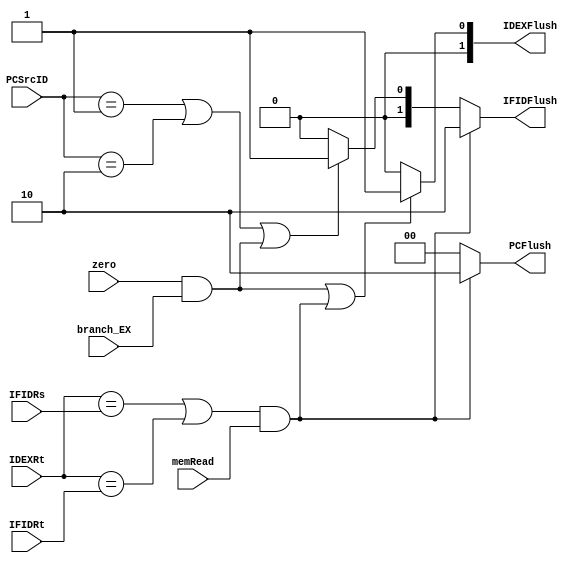
module Hazard(
        input [4:0] IDEXRt,
        input [4:0] IFIDRs,
        input [4:0] IFIDRt,
        input branch_EX,
        input zero,
        input memRead,
        input [1:0] PCSrcID,
        output [1:0] PCFlush,
        output [1:0] IFIDFlush,
        output [1:0] IDEXFlush
    );

    assign PCFlush = ((IDEXRt == IFIDRs || IDEXRt == IFIDRt) && memRead)? 2'b10: 2'b00;
    assign IFIDFlush = ((IDEXRt == IFIDRs || IDEXRt == IFIDRt) && memRead)? 2'b10: (PCSrcID == 2'b01 || PCSrcID == 2'b10 || (zero && branch_EX))? 2'b01: 2'b00;
    assign IDEXFlush = ((zero && branch_EX) || ((IDEXRt == IFIDRs || IDEXRt == IFIDRt) && memRead))? 2'b01: 2'b00;
endmodule